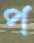
প